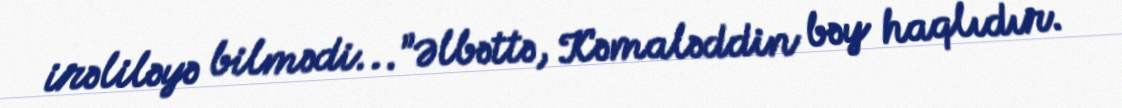
irəliləyə bilmədi...”Əlbəttə, Kəmaləddin bəy haqlıdır.